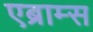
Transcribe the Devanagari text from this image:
एब्राम्‍स